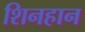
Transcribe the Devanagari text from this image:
शिनहान